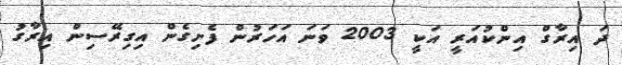
ދަ އިރާގް އިންކުއަރީ އަކީ 2003 ވަނަ އަހަރުން ފެށިގެން އިގިރޭސިން އިރާގު